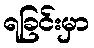
ရခြင်းမှာ